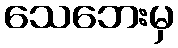
သေဘေးမှ